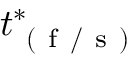
t _ { \mathrm { ~ ( ~ f ~ / ~ s ~ ) ~ } } ^ { * }